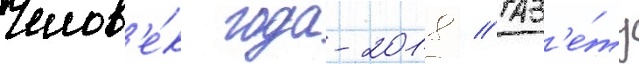
Челов'е́к года-2018 // Газ'е́ту